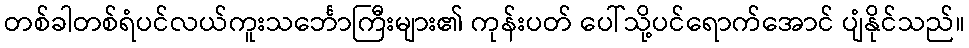
တစ်ခါတစ်ရံပင်လယ်ကူးသင်္ဘောကြီးများ၏ ကုန်းပတ် ပေါ်သို့ပင်ရောက်အောင် ပျံနိုင်သည်။